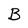
Character: B